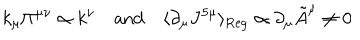
LaTeX: k _ { \mu } \Pi ^ { \mu \nu } \propto k ^ { \nu } \quad \mathrm { a n d } \quad \langle \partial _ { \mu } J ^ { 5 \mu } \rangle _ { \mathrm { R e g } } \propto \partial _ { \mu } { \tilde { A } } ^ { \mu } \neq 0